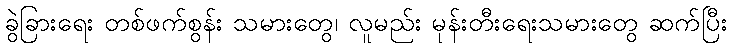
ခွဲခြားရေး တစ်ဖက်စွန်း သမားတွေ၊ လူမည်း မုန်းတီးရေးသမားတွေ ဆက်ပြီး